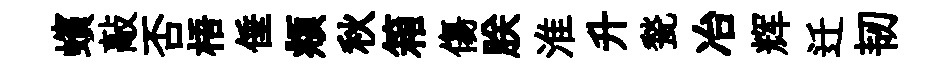
蠙敲否梧倕頫秋箱傷朕淮升甃冶辉迁韧